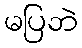
မပြဘဲ